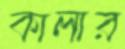
কালার